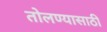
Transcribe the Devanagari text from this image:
तोलण्यासाठी